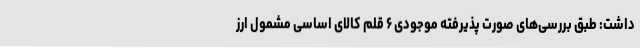
داشت: طبق بررسی‌های صورت پذیرفته موجودی ۶ قلم کالای اساسی مشمول ارز